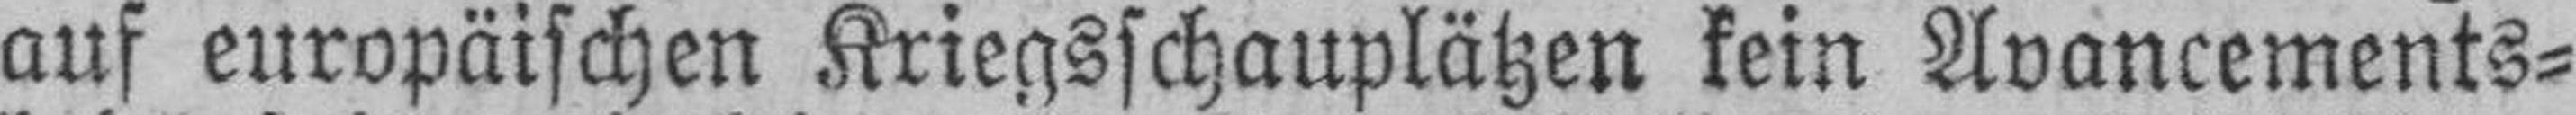
auf europäischen Kriegsschauplätzen kein Avancements¬